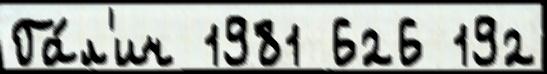
Га́л'ич 1981 626 192